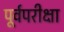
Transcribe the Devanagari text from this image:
पूर्वपरीक्षा